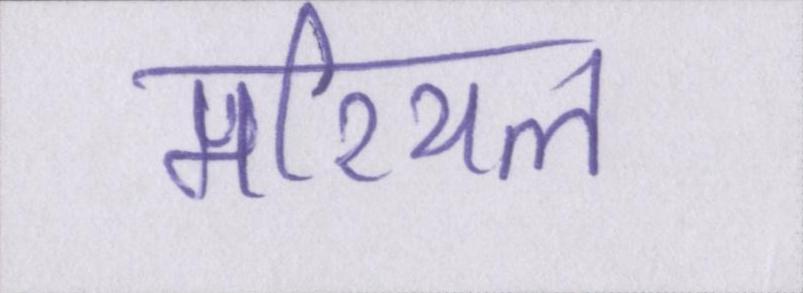
मरियल